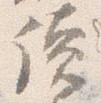
読